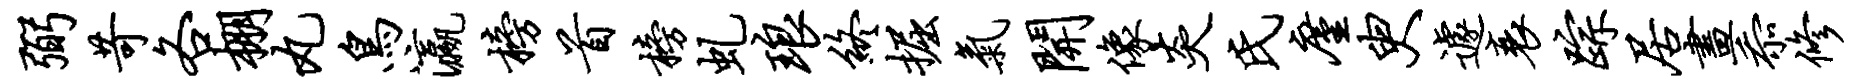
弼苛各棚丸鸟瀛榜首榜虬琅终掘气开像炎氏廑臾遽衰踪居画忝修